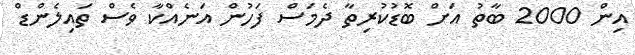
އިން 2000 ބާތު އަށް ބޮޑުކުރިތާ ދެމަސް ފަހުން އަނެއްކާ ވެސް ތައިލެންޑް